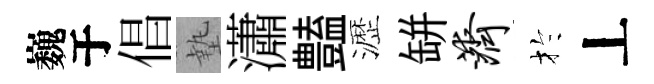
巍于倡墊瀟𧰟瀝缾济扵丄